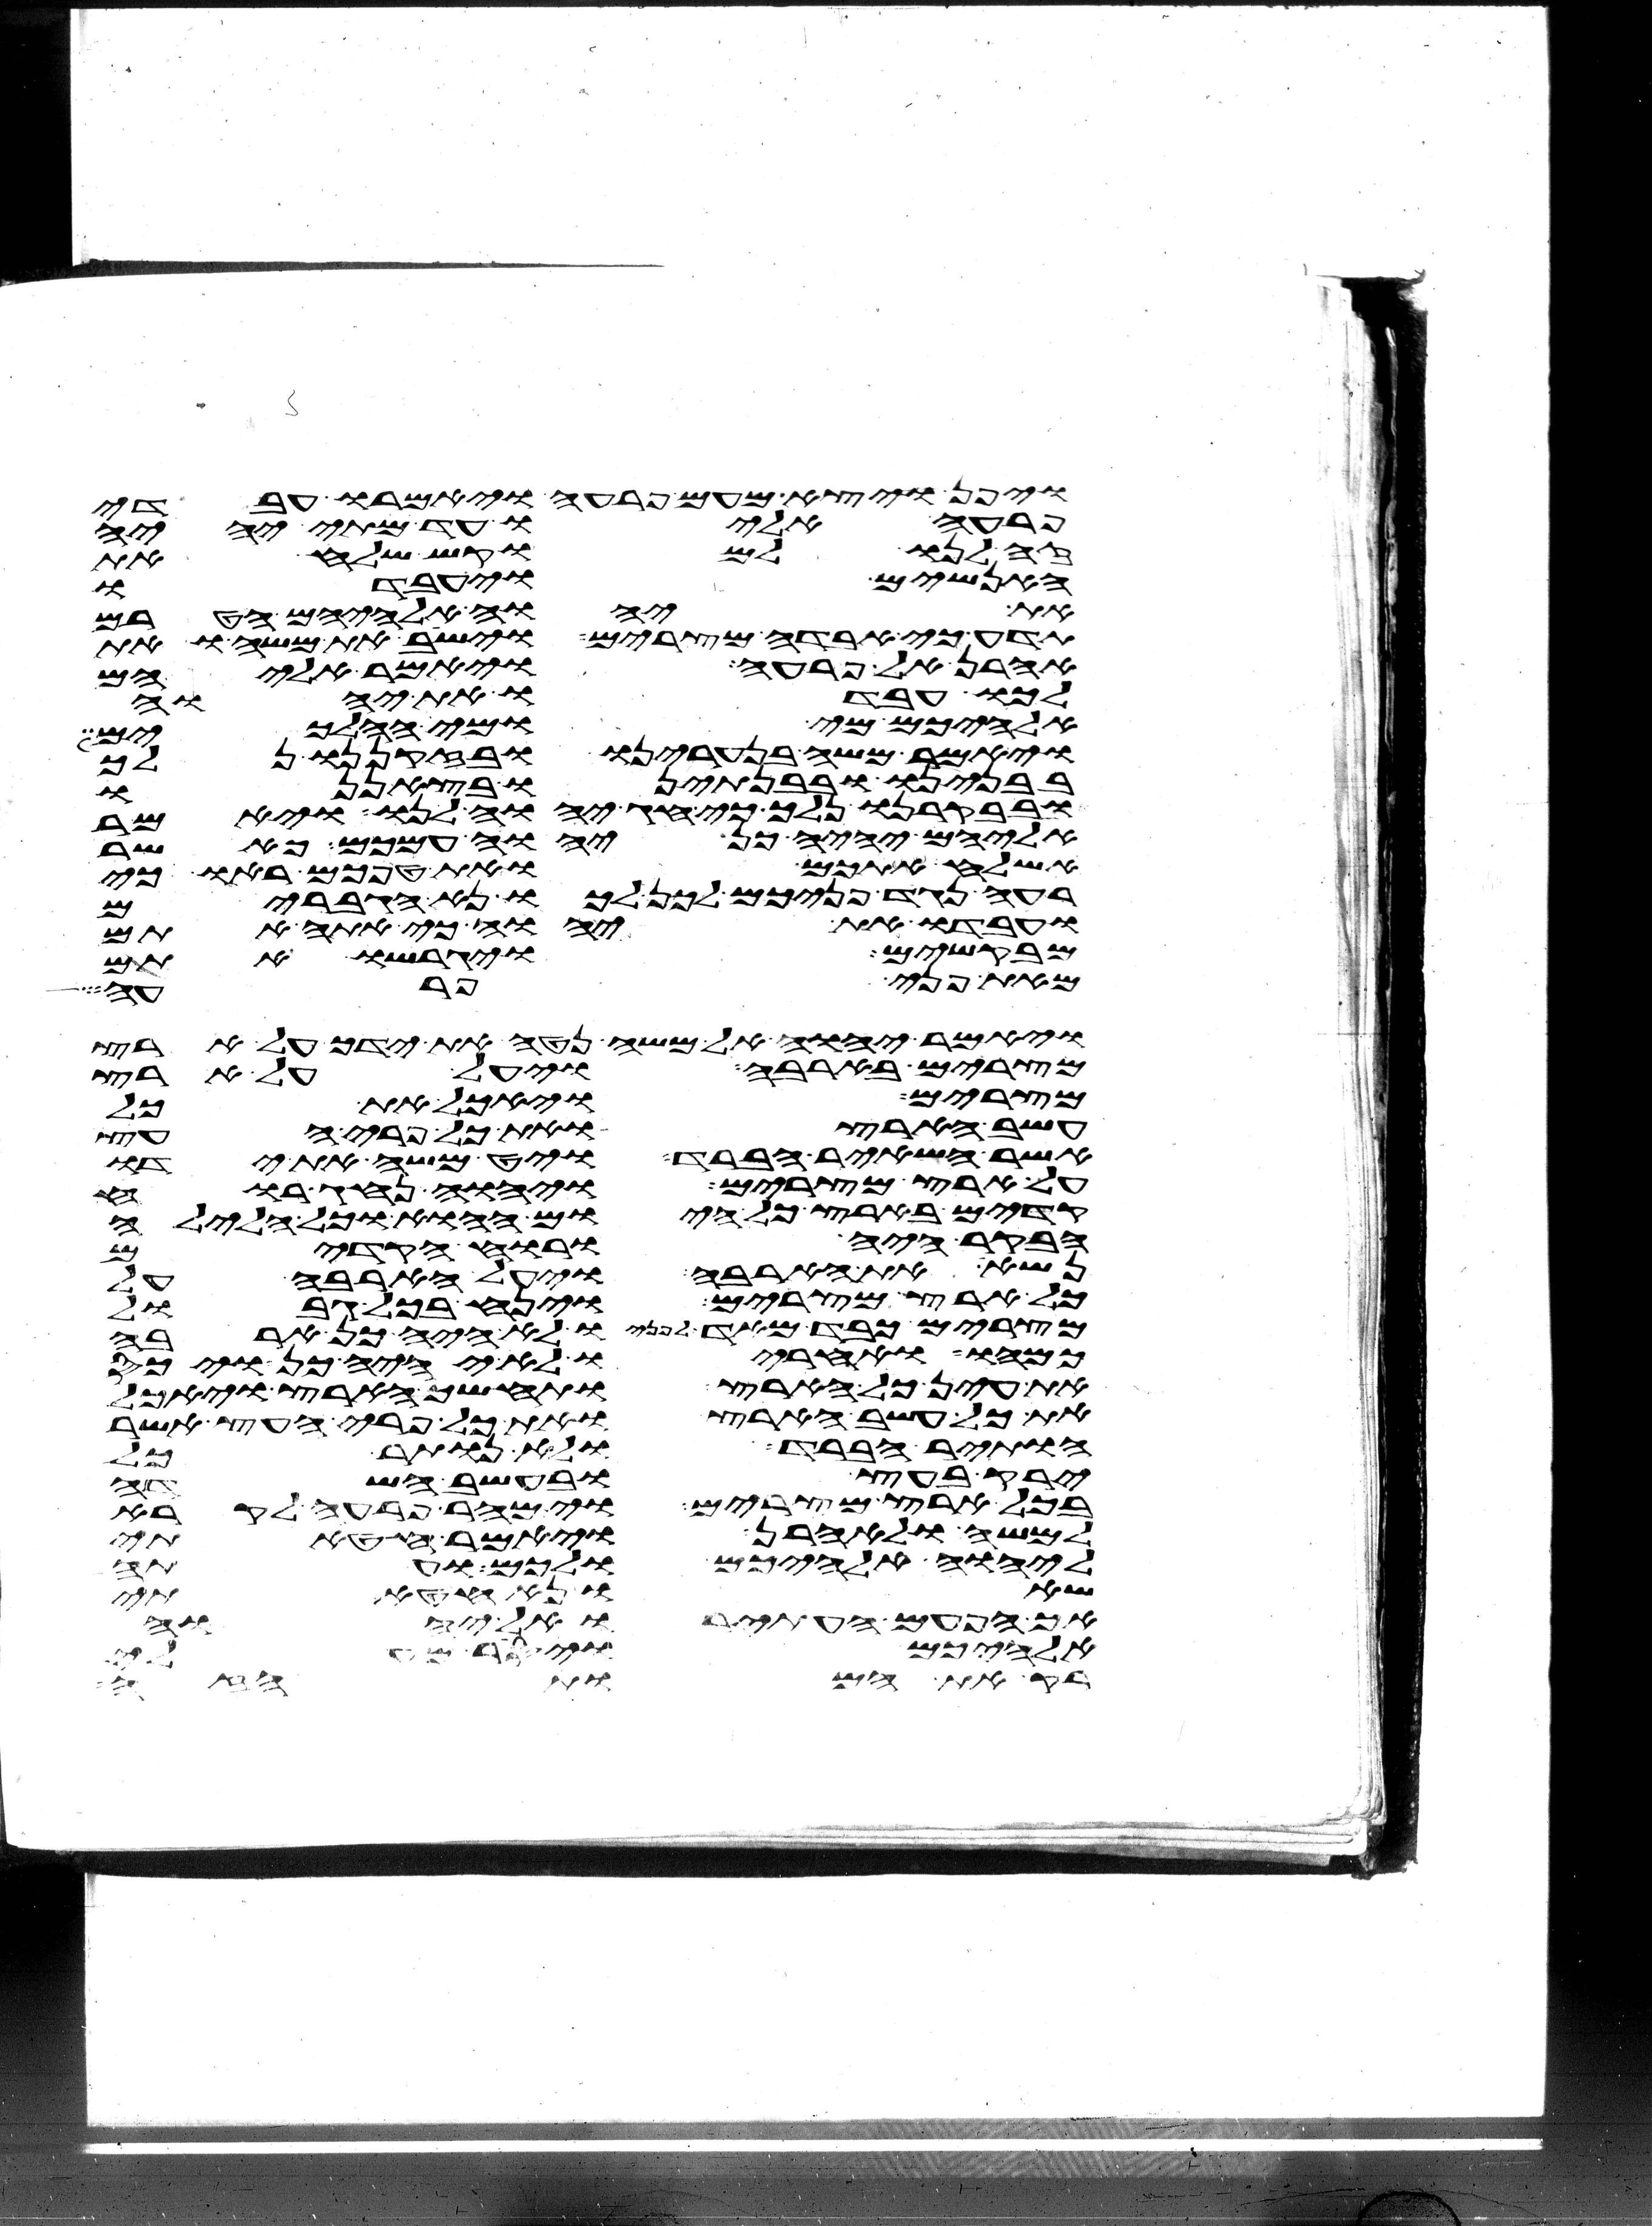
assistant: ויפן ויצא מעם פרעה ויאמרו עבדי
פרעה אליו עד מתי יהיה
זה לנו למוקש שלח את
האנשים ויעבדו
את יהוה אלהיהם הטרם
תדע כי אבדה מצרים וישב את משה ואת
אהרן אל פרעה ויאמר אליהם
לכו עבדו את יהוה
אלהיכם מי ומי ההלכים
ויאמר משה בנערינו ובזקנינו נלך
בבנינו ובבנתינו בצאננו
ובבקרנו נלך כי חג יהוה לנו ויאמר
אליהם יהיה כן יהוה עמכם כאשר
אשלח אתכם ואת טפכם ראו כי
רעה נגד פניכם לכן לכו נא הגברים
ועבדו את יהוה כי אתה אתם
מבקשים ויגרשו אתם
מאת פני פרעה
ויאמר יהוה אל משה נטה את ידך על ארץ
מצרים בארבה ויעל על ארץ
מצרים ויאכל את כל
עשב הארץ ואת כל פרי העץ
אשר השאיר הברד ויט משה את ידו
על ארץ מצרים ויהוה נהג רוח
קדים בארץ כל היום ההוא וכל הלילה
הבקר היה ורוח הקדים
נשא את הארבה ויעל הארבה על
כל ארץ מצרים וינח בכל גבול
מצרים כבד מאד לפניו לא היה כן ארבה
כמהו ואחריו לא יהיה כן ויכס
את עין כל הארץ ותחשך הארץ ויאכל
את כל עשב הארץ ואת כל פרי העץ אשר
הותיר הברד ולא נותר כל
ירק בעץ ובעשב השדה
בכל ארץ מצרים וימהר פרעה לקרא
למשה ולאהרן ויאמר חטאתי
ליהוה אלהיכם ולכם ועתה
שאו נא חטאתי
אך הפעם העתירו אל יהוה
אלהיכם ויסר מעלי
רק את המות הזה